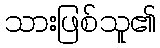
သားဖြစ်သူ၏